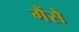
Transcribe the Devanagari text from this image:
गैंसे